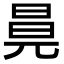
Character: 㫯